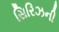
સિરિઝની